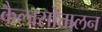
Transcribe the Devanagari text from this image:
कैलासोत्तालन